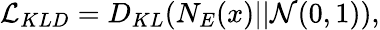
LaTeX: \mathcal{L}_{KLD}=D_{KL}(N_{E}(x)||\mathcal{N}(0,1)),